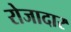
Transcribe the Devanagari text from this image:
रोजादार